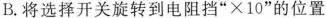
B.将选择开关旋转到电阻挡“×10”的位置